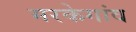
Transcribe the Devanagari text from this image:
मरकेगांव